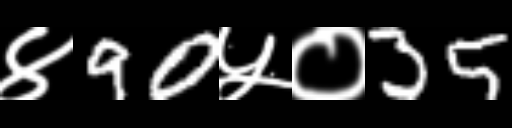
Text: ४90५०35